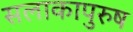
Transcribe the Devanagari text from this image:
सलाकापुरुष